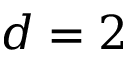
{ d = 2 }